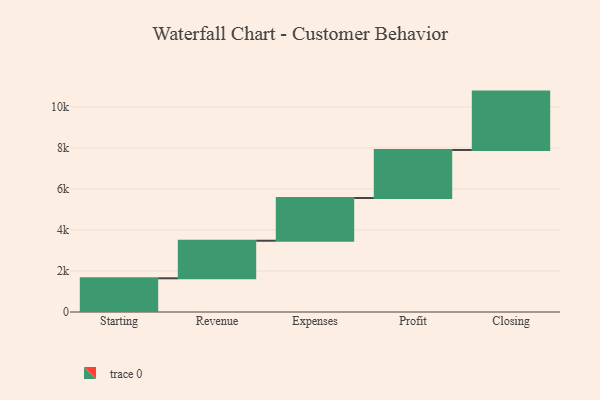
{"axis": {"x": "Step", "y": "Value"}, "legend": [""], "data": [{"x": "Starting", "y": 1643.0, "type": ""}, {"x": "Revenue", "y": 1831.0, "type": ""}, {"x": "Expenses", "y": 2081.0, "type": ""}, {"x": "Profit", "y": 2342.0, "type": ""}, {"x": "Closing", "y": 2845.0, "type": ""}]}